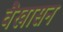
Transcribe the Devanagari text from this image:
वैखासन